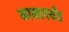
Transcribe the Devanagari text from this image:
कानापर्यंत